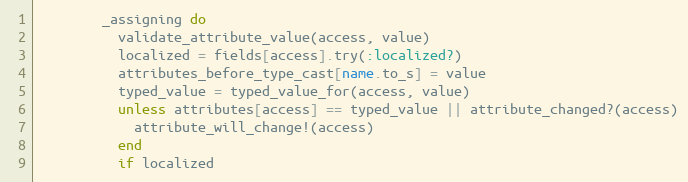
Language: Ruby
        _assigning do
          validate_attribute_value(access, value)
          localized = fields[access].try(:localized?)
          attributes_before_type_cast[name.to_s] = value
          typed_value = typed_value_for(access, value)
          unless attributes[access] == typed_value || attribute_changed?(access)
            attribute_will_change!(access)
          end
          if localized